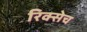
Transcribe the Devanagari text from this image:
रिक्सेच